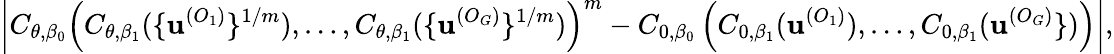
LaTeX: \left|C_{\theta,\beta_{0}}\left(C_{\theta,\beta_{1}}(\{ \textbf{u}^{(O_{1})}\} ^{1/m}),\dots,C_{\theta,\beta_{1}}(\{ \textbf{u}^{(O_{G})}\} ^{1/m})\right)^{m}-C_{0,\beta_{0}}\left(C_{0,\beta_{1}}(\textbf{u}^{(O_{1})}),\dots,C_{0,\beta_{1}}(\textbf{u}^{(O_{G})}\} )\right)\right|,